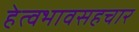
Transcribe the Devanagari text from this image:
हेत्वभावसहचार